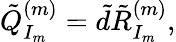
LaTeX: \tilde{Q}_{I_{m}}^{(m)}=\tilde{d}\tilde{R}_{I_{m}}^{(m)},